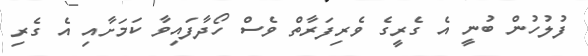
ފުލުހުން ބުނީ އެ ގެރީގެ ވެރިފަރާތް ވެސް ހޯދާފައިވާ ކަމަށާއި އެ ގެރި